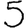
Digit: 5